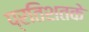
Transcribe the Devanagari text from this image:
प्रतिशतके